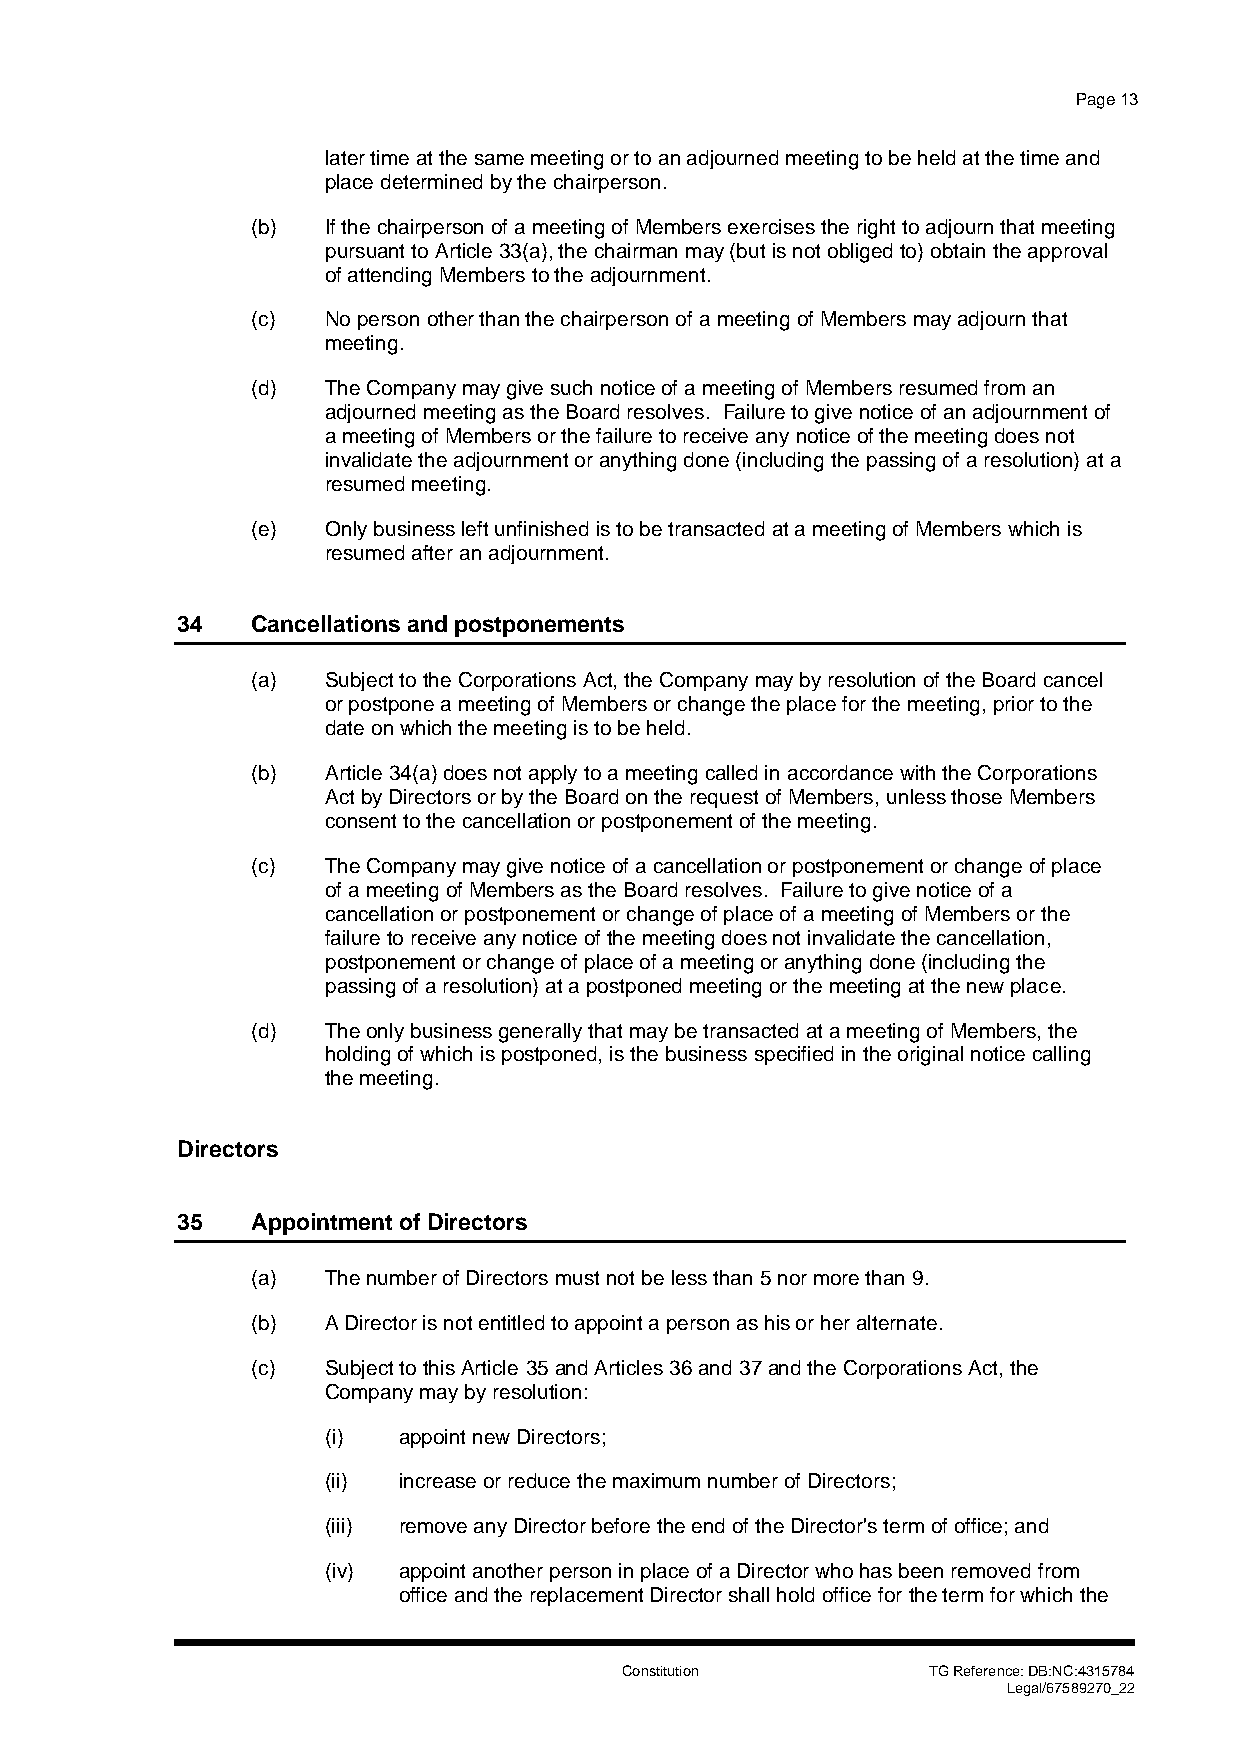
Page 13
 later time at the same meeting or to an adjourned meeting to be held at the time and
 place determined by the chairperson.
 (b)  If the chairperson of a meeting of Members exercises the right to adjourn that meeting
 pursuant to Article 33(a), the chairman may (but is not obliged to) obtain the approval
 of attending Members to the adjournment.
 (c)  No person other than the chairperson of a meeting of Members may adjourn that
 meeting.
 (d)  The Company may give such notice of a meeting of Members resumed from an
 adjourned meeting as the Board resolves. Failure to give notice of an adjournment of
 a meeting of Members or the failure to receive any notice of the meeting does not
 invalidate the adjournment or anything done (including the passing of a resolution) at a
 resumed meeting.
 (e)  Only business left unfinished is to be transacted at a meeting of Members which is
 resumed after an adjournment.
 34   Cancellations and postponements
 (a)  Subject to the Corporations Act, the Company may by resolution of the Board cancel
 or postpone a meeting of Members or change the place for the meeting, prior to the
 date on which the meeting is to be held.
 (b)  Article 34(a) does not apply to a meeting called in accordance with the Corporations
 Act by Directors or by the Board on the request of Members, unless those Members
 consent to the cancellation or postponement of the meeting.
 (c)  The Company may give notice of a cancellation or postponement or change of place
 of a meeting of Members as the Board resolves. Failure to give notice of a
 cancellation or postponement or change of place of a meeting of Members or the
 failure to receive any notice of the meeting does not invalidate the cancellation,
 postponement or change of place of a meeting or anything done (including the
 passing of a resolution) at a postponed meeting or the meeting at the new place.
 (d)  The only business generally that may be transacted at a meeting of Members, the
 holding of which is postponed, is the business specified in the original notice calling
 the meeting.
 Directors
 35   Appointment of Directors
 (a)  The number of Directors must not be less than 5 nor more than 9.
 (b)  A Director is not entitled to appoint a person as his or her alternate.
 (c)  Subject to this Article 35 and Articles 36 and 37 and the Corporations Act, the
 Company may by resolution:
 (i) appoint new Directors;
 (ii) increase or reduce the maximum number of Directors;
 (iii) remove any Director before the end of the Director's term of office; and
 (iv) appoint another person in place of a Director who has been removed from
 office and the replacement Director shall hold office for the term for which the
 Constitution        TG Reference: DB:NC:4315784
 Legal/67589270_22